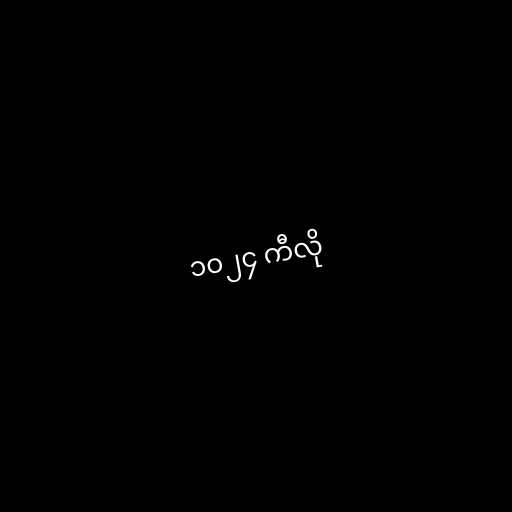
၁၀၂၄ ကီလို